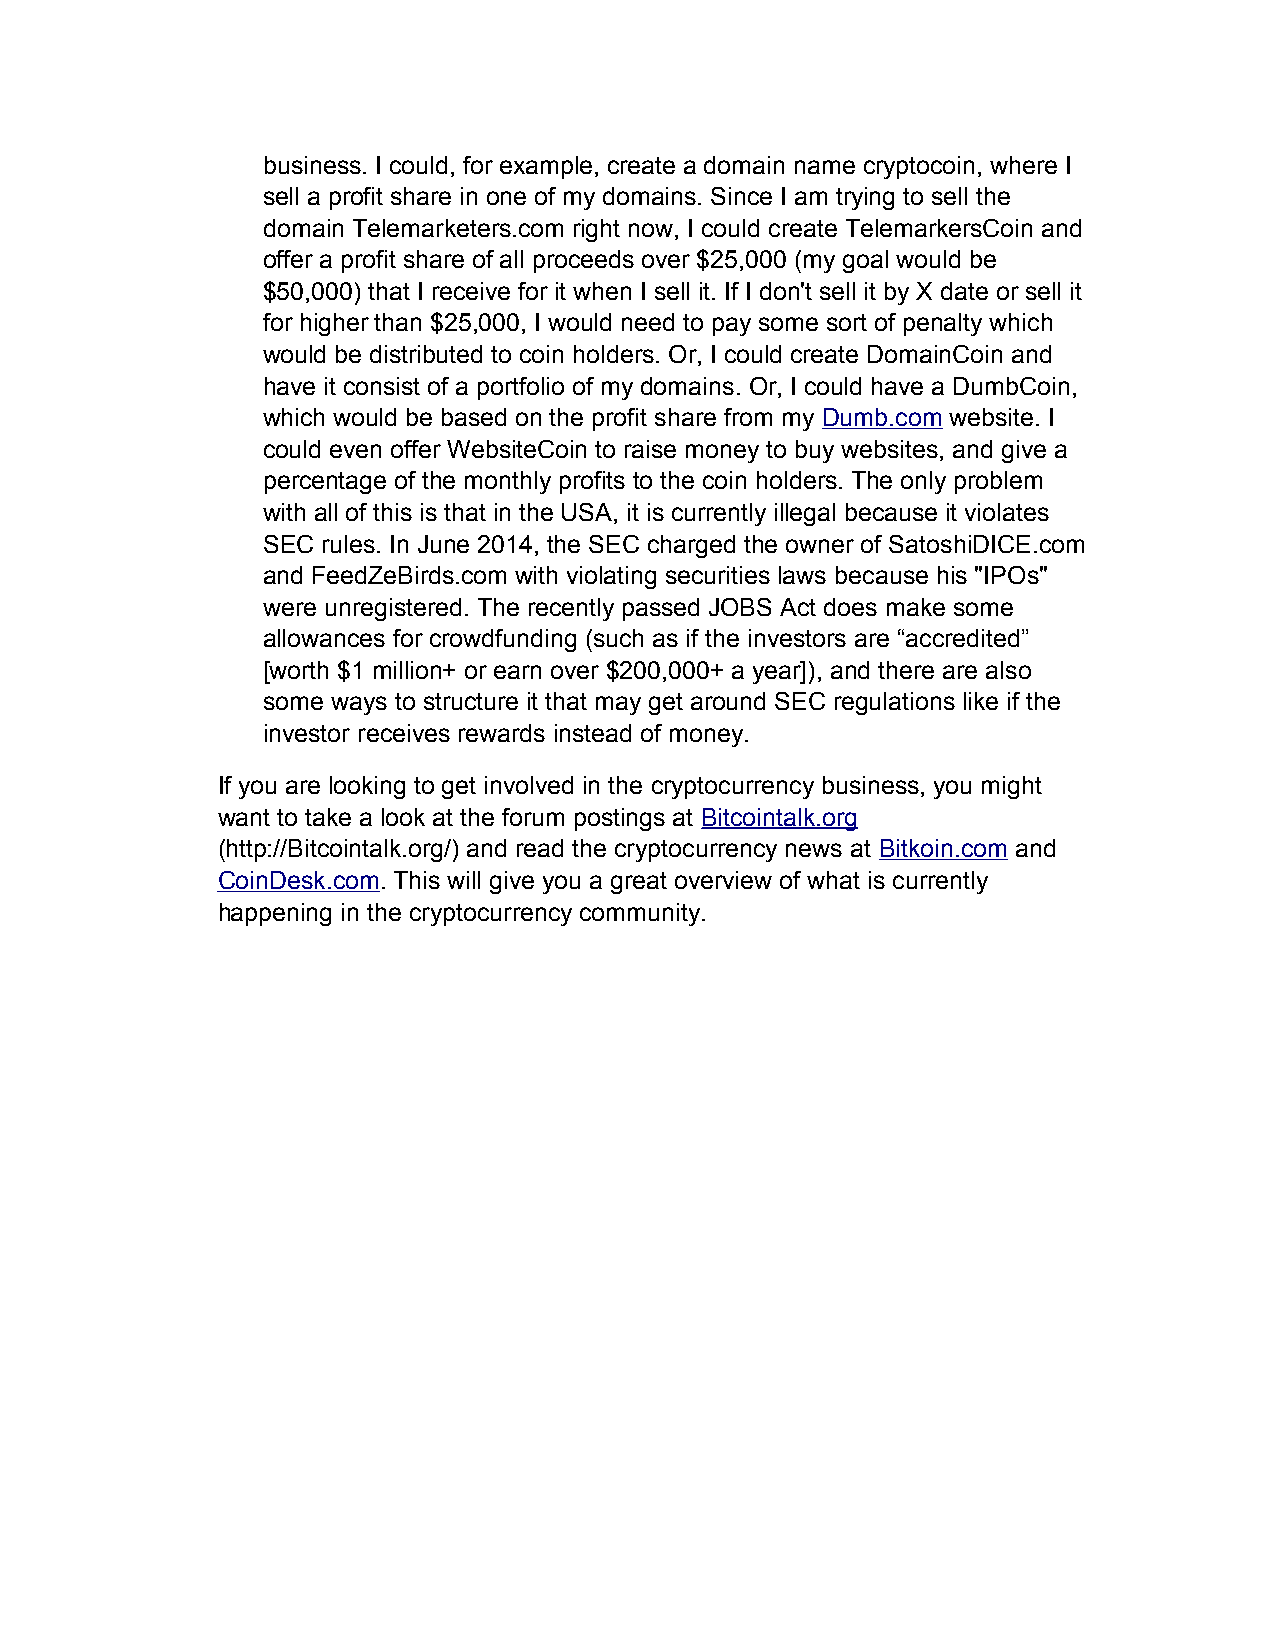
business. I could, for example, create a domain name cryptocoin, where I
 sell a profit share in one of my domains. Since I am trying to sell the
 domain Telemarketers.com right now, I could create TelemarkersCoin and
 offer a profit share of all proceeds over $25,000 (my goal would be
 $50,000) that I receive for it when I sell it. If I don't sell it by X date or sell it
 for higher than $25,000, I would need to pay some sort of penalty which
 would be distributed to coin holders. Or, I could create DomainCoin and
 have it consist of a portfolio of my domains. Or, I could have a DumbCoin,
 which would be based on the profit share from my Dumb.com website. I
 could even offer WebsiteCoin to raise money to buy websites, and give a
 percentage of the monthly profits to the coin holders. The only problem
 with all of this is that in the USA, it is currently illegal because it violates
 SEC rules. In June 2014, the SEC charged the owner of SatoshiDICE.com
 and FeedZeBirds.com with violating securities laws because his "IPOs"
 were unregistered. The recently passed JOBS Act does make some
 allowances for crowdfunding (such as if the investors are “accredited”
 [worth $1 million+ or earn over $200,000+ a year]), and there are also
 some ways to structure it that may get around SEC regulations like if the
 investor receives rewards instead of money.
 If you are looking to get involved in the cryptocurrency business, you might
 want to take a look at the forum postings at Bitcointalk.org
 (http://Bitcointalk.org/) and read the cryptocurrency news at Bitkoin.com and
 CoinDesk.com. This will give you a great overview of what is currently
 happening in the cryptocurrency community.